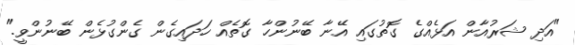
"އަދި ޝަރުއާން އަޅެއްގެ ގޮތުގައި އޭނާ ބޭނުންހާ ގޮތެއް ހަދައިގެން ގެންގުޅެން ބޭނުންވީ."